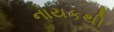
નાયકથી